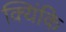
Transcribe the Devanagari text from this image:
क्यिंकि